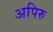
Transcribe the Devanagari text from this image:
अपिरु